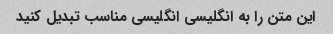
این متن را به انگلیسی انگلیسی مناسب تبدیل کنید